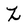
Character: Z